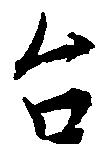
台